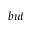
b u t